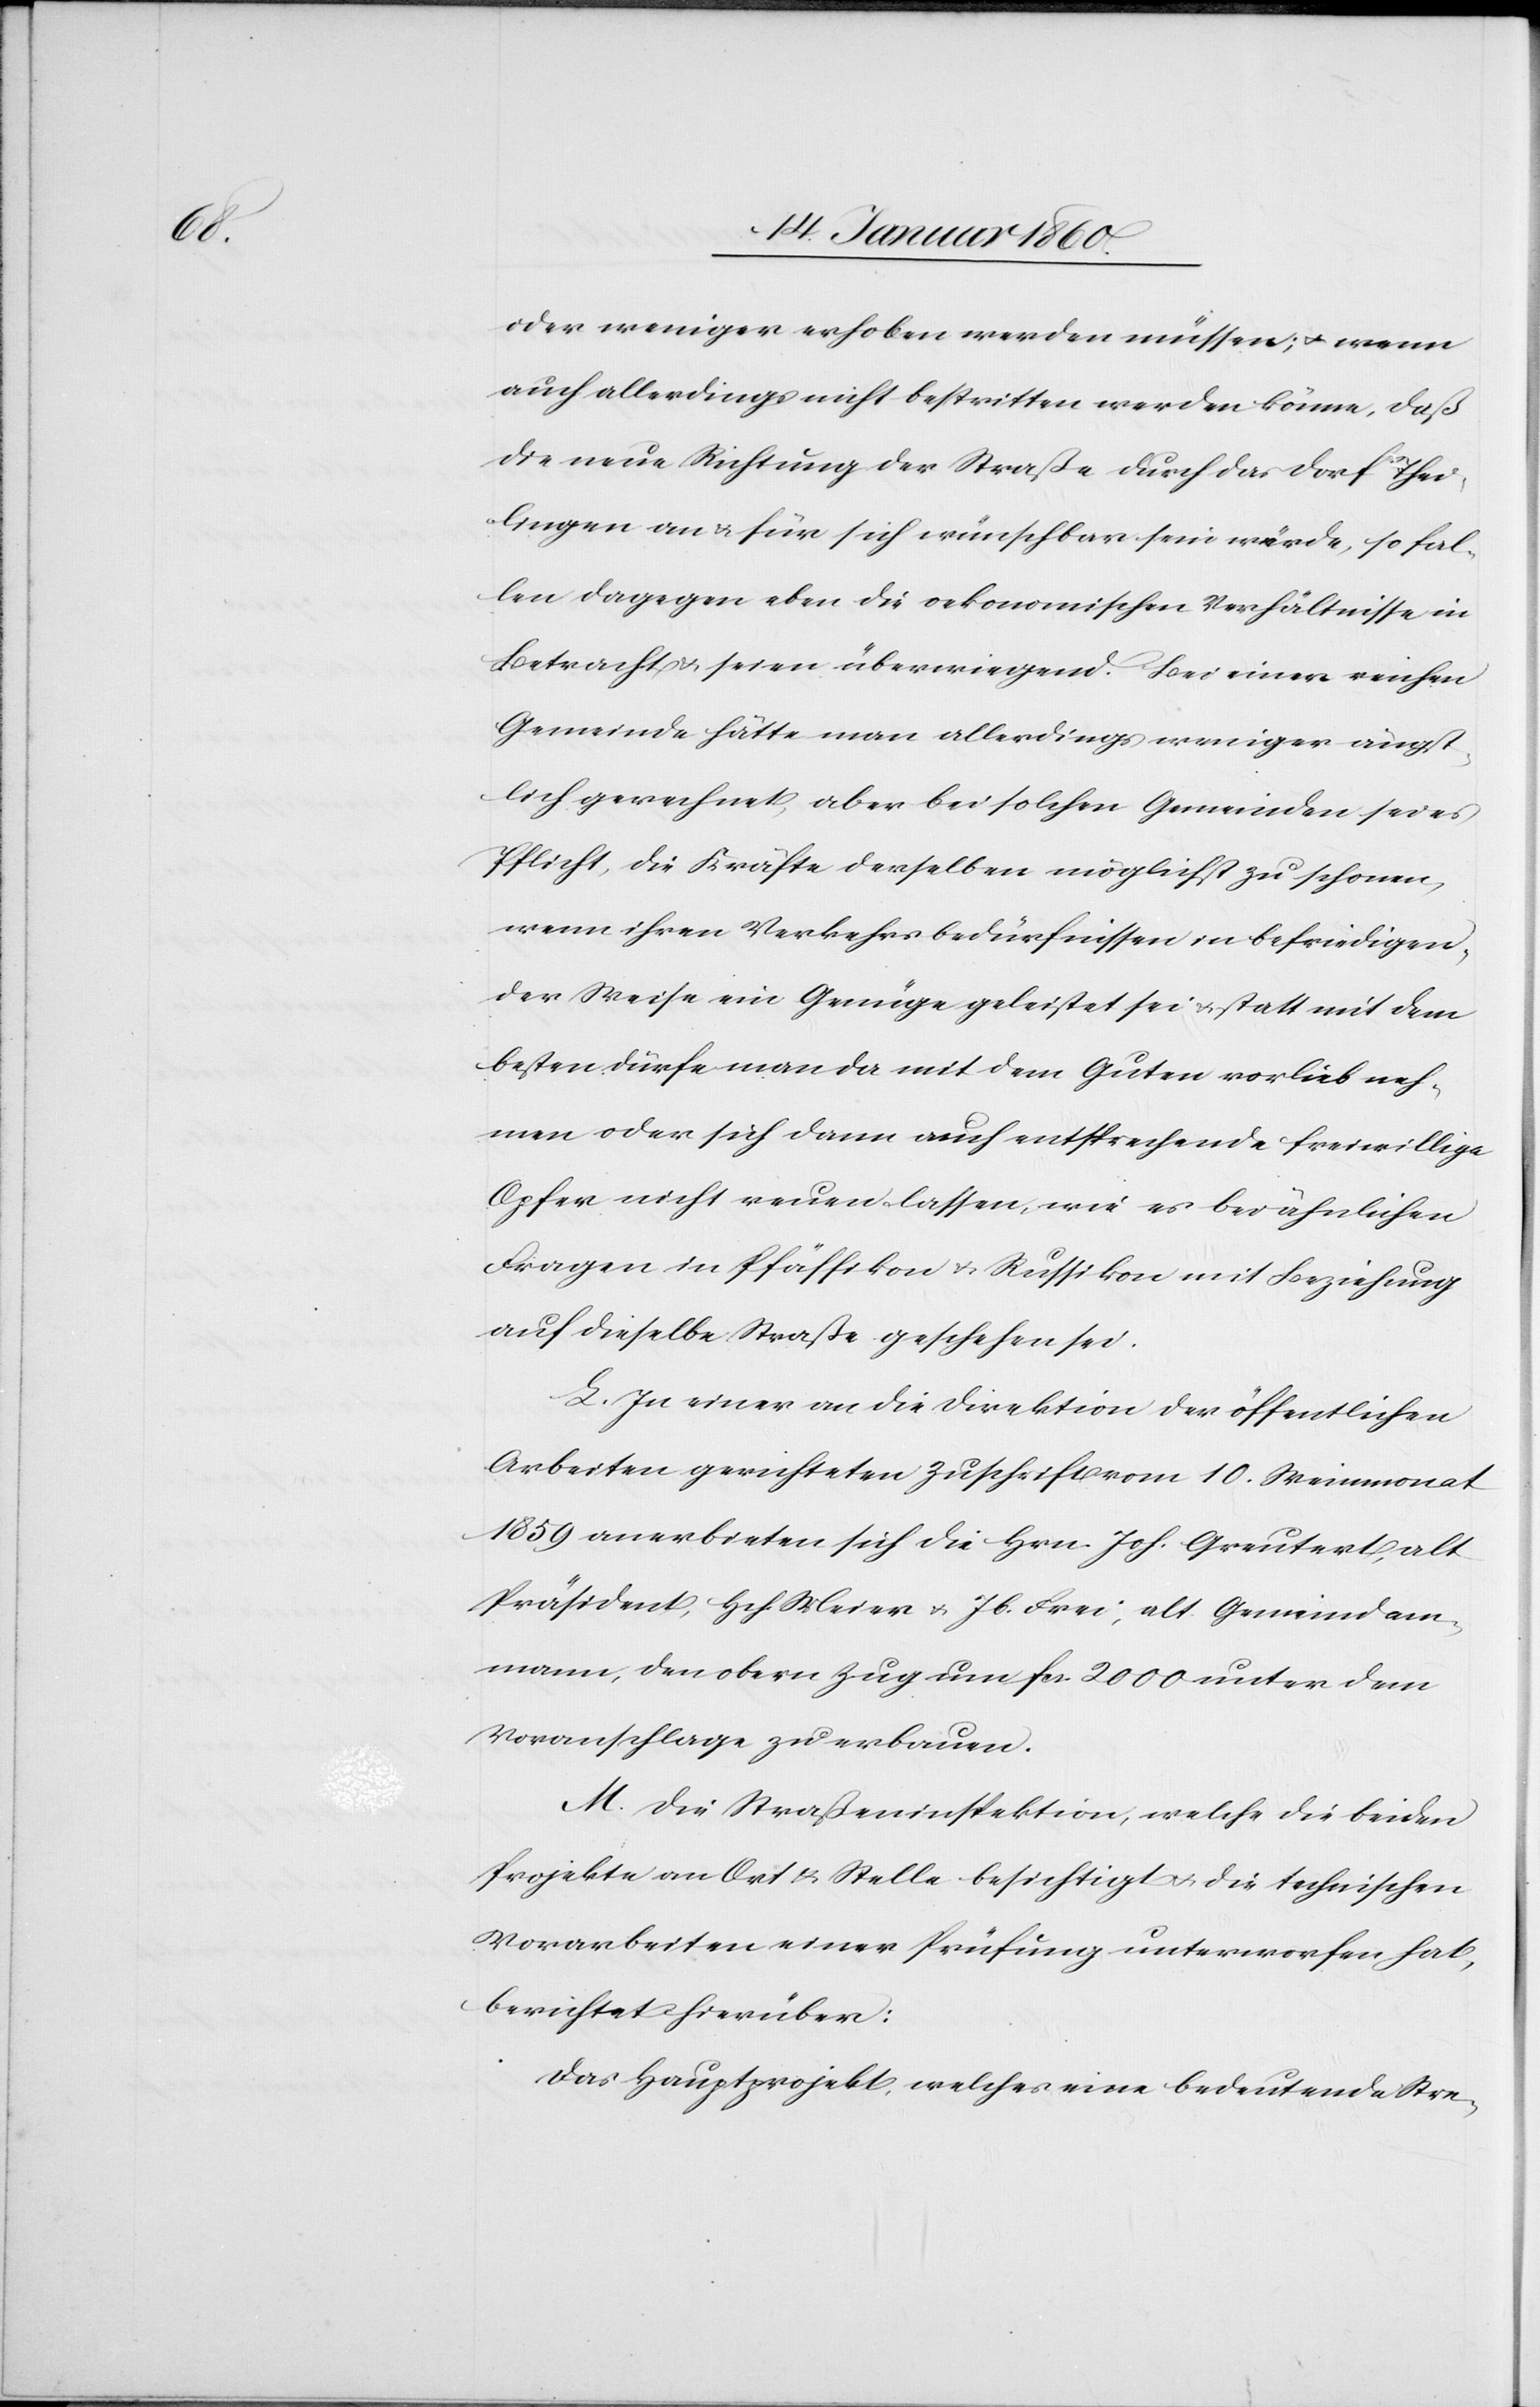
oder weniger erhoben werden müssen; u. wenn
auch allerdings nicht bestritten werden könne, daß
die neue Richtung der Straße durch das Dorf Thei¬
lingen an u. für sich wünschbar sein würde, so fal¬
len dagegen eben die oekonomischen Verhältnisse in
Betracht u. seien überwiegend. Bei einer reichen
Gemeinde hätte man allerdings weniger ängst¬
lich gerechnet, aber bei solchen Gemeinden sei es
Pflicht, die Kräfte derselben möglichst zu schonen,
wenn ihren Verkehrsbedürfnissen in befriedigen¬
der Weise ein Genüge geleistet sei u. statt mit dem
besten dürfe man da mit dem Guten Vorlieb neh¬
men oder sich dann auch entsprechende freiwillige
Opfer nicht reuen lassen, wie es bei ähnlichen
Fragen in Pfäffikon u. Russikon mit Beziehung
auf dieselbe Straße geschehen sei.
L. In einer an die Direktion der öffentlichen
Arbeiten gerichteten Zuschrift vom 10. Weinmonat
1859 anerbieten sich die Hrn. Joh. Greuter, alt
Präsident, Hch. Meier u. Jb. Frei, alt Gemeindam¬
mann, den obern Zug um fcs. 2000. unter dem
Voranschlage zu erbauen.
M. Die Straßeninspektion, welche die beiden
Projekte an Ort u. Stelle besichtigt u. die technischen
Vorarbeiten einer Prüfung unterworfen hat,
berichtet hierüber:
Das Hauptprojekt, welches eine bedeutende Stre-